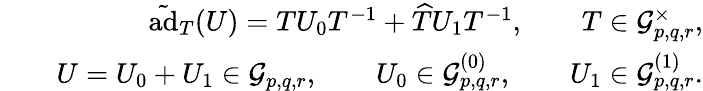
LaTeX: \begin{array}{rlr}&{}&{\tilde{\mathrm{ad}}_{T}(U)=TU_{0}T^{-1}+\widehat{T}U_{1}T^{-1},\qquad T\in\mathcal{G}_{p,q,r}^{\times},}\\ &{}&{U=U_{0}+U_{1}\in\mathcal{G}_{p,q,r},\qquad U_{0}\in\mathcal{G}_{p,q,r}^{(0)},\qquad U_{1}\in\mathcal{G}_{p,q,r}^{(1)}.}\end{array}